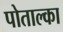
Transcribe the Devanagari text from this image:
पोताल्का